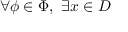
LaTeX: \forall \phi \in \Phi , ~ \exists x \in D